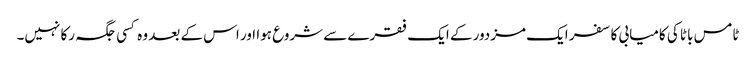
ٹامس باٹا کی کامیابی کا سفر ایک مزدور کے ایک فقرے سے شروع ہوا اور اس کے بعد وہ کسی جگہ رکا نہیں۔